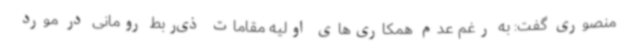
منصوری گفت: به رغم عدم همکاری‌های اولیه مقامات ذی‌ربط رومانی در مورد